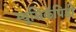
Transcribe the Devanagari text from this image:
म्युसिकॅपिडी